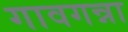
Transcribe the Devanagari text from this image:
गावगन्ना